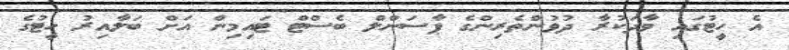
އެ ހީޓުގައި ވާދަކުރާ ދުވުންތެރިންގެ ޕާސަންލް ބެސްޓް ޓައިމިން އަށް ބަލާއިރު ހީޓުގެ